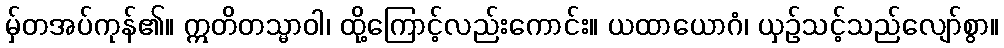
မှ်တအပ်ကုန်၏။ ဣတိတသ္မာဝါ၊ ထို့ကြောင့်လည်းကောင်း။ ယထာယောဂံ၊ ယှဉ်သင့်သည်လျော်စွာ။